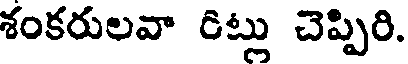
శంకరులవా రిట్లు చెప్పిరి.